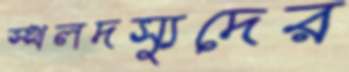
স্থলদস্যুদের